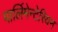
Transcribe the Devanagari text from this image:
पार्लिमेन्टेरियन